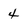
Character: 4